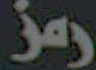
رمز